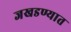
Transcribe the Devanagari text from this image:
जखडण्यात